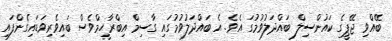
ބޭއްވި ޖޭޕީގެ ކައުންސިލް ބައްދަލުވުމުގަ އެވެ. އެ ބައްދަލުވުމުގައި ގާސިމް އިބްރާހީމްވެސް ބައިވެރިވަޑައިގެންފައި